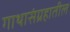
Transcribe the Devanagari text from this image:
गाथासंग्रहातील